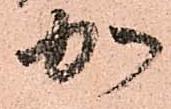
か